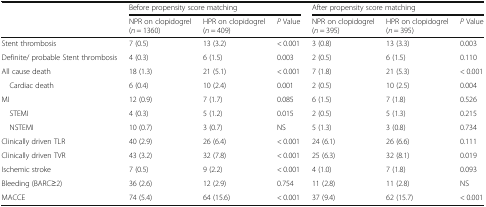
<table><thead><tr><td></td><td colspan="3"><b>Before propensity score matching</b></td><td colspan="3"><b>After propensity score matching</b></td></tr><tr><td></td><td><b>NPR on clopidogrel (<i>n</i> = 1360)</b></td><td><b>HPR on clopidogrel (<i>n</i> = 409)</b></td><td><b><i>P</i> Value</b></td><td><b>NPR on clopidogrel (<i>n</i> = 395)</b></td><td><b>HPR on clopidogrel (<i>n</i> = 395)</b></td><td><b><i>P</i> Value</b></td></tr></thead><tbody><tr><td>Stent thrombosis</td><td>7 (0.5)</td><td>13 (3.2)</td><td>&lt; 0.001</td><td>3 (0.8)</td><td>13 (3.3)</td><td>0.003</td></tr><tr><td>Definite/ probable Stent thrombosis</td><td>4 (0.3)</td><td>6 (1.5)</td><td>0.003</td><td>2 (0.5)</td><td>6 (1.5)</td><td>0.110</td></tr><tr><td>All cause death</td><td>18 (1.3)</td><td>21 (5.1)</td><td>&lt; 0.001</td><td>7 (1.8)</td><td>21 (5.3)</td><td>&lt; 0.001</td></tr><tr><td> Cardiac death</td><td>6 (0.4)</td><td>10 (2.4)</td><td>0.001</td><td>2 (0.5)</td><td>10 (2.5)</td><td>0.004</td></tr><tr><td>MI</td><td>12 (0.9)</td><td>7 (1.7)</td><td>0.085</td><td>6 (1.5)</td><td>7 (1.8)</td><td>0.526</td></tr><tr><td> STEMI</td><td>4 (0.3)</td><td>5 (1.2)</td><td>0.015</td><td>2 (0.5)</td><td>5 (1.3)</td><td>0.215</td></tr><tr><td> NSTEMI</td><td>10 (0.7)</td><td>3 (0.7)</td><td>NS</td><td>5 (1.3)</td><td>3 (0.8)</td><td>0.734</td></tr><tr><td>Clinically driven TLR</td><td>40 (2.9)</td><td>26 (6.4)</td><td>&lt; 0.001</td><td>24 (6.1)</td><td>26 (6.6)</td><td>0.111</td></tr><tr><td>Clinically driven TVR</td><td>43 (3.2)</td><td>32 (7.8)</td><td>&lt; 0.001</td><td>25 (6.3)</td><td>32 (8.1)</td><td>0.019</td></tr><tr><td>Ischemic stroke</td><td>7 (0.5)</td><td>9 (2.2)</td><td>&lt; 0.001</td><td>4 (1.0)</td><td>7 (1.8)</td><td>0.093</td></tr><tr><td>Bleeding (BARC≥2)</td><td>36 (2.6)</td><td>12 (2.9)</td><td>0.754</td><td>11 (2.8)</td><td>11 (2.8)</td><td>NS</td></tr><tr><td>MACCE</td><td>74 (5.4)</td><td>64 (15.6)</td><td>&lt; 0.001</td><td>37 (9.4)</td><td>62 (15.7)</td><td>&lt; 0.001</td></tr></tbody></table>